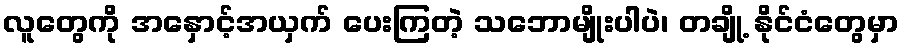
လူတွေကို အနှောင့်အယှက် ပေးကြတဲ့ သဘောမျိုးပါပဲ၊ တချို့ နိုင်ငံတွေမှာ